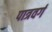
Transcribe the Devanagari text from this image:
पात्रवर्ग